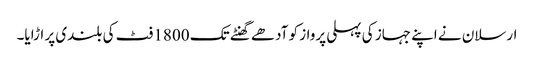
ارسلان نے اپنے جہاز کی پہلی پرواز کو آدھے گھنٹے تک 1800 فٹ کی بلندی پر اڑایا۔